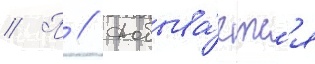
// П // Добыва́етс'я